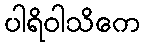
ပါရိဝါသိကေ